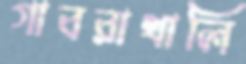
গাবরাখালি